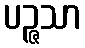
ပဉ္ဇသာ